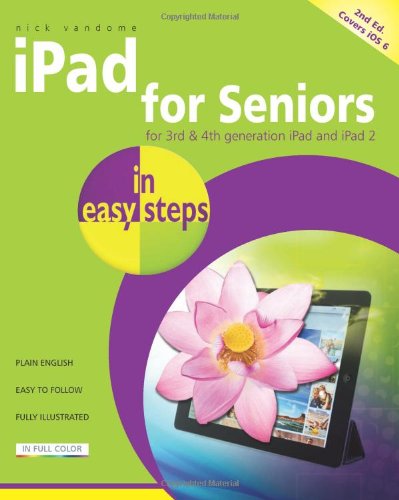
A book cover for iPad for Seniors in Easy Steps: Covers iOS 6; Nick Vandome; Computers & Technology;